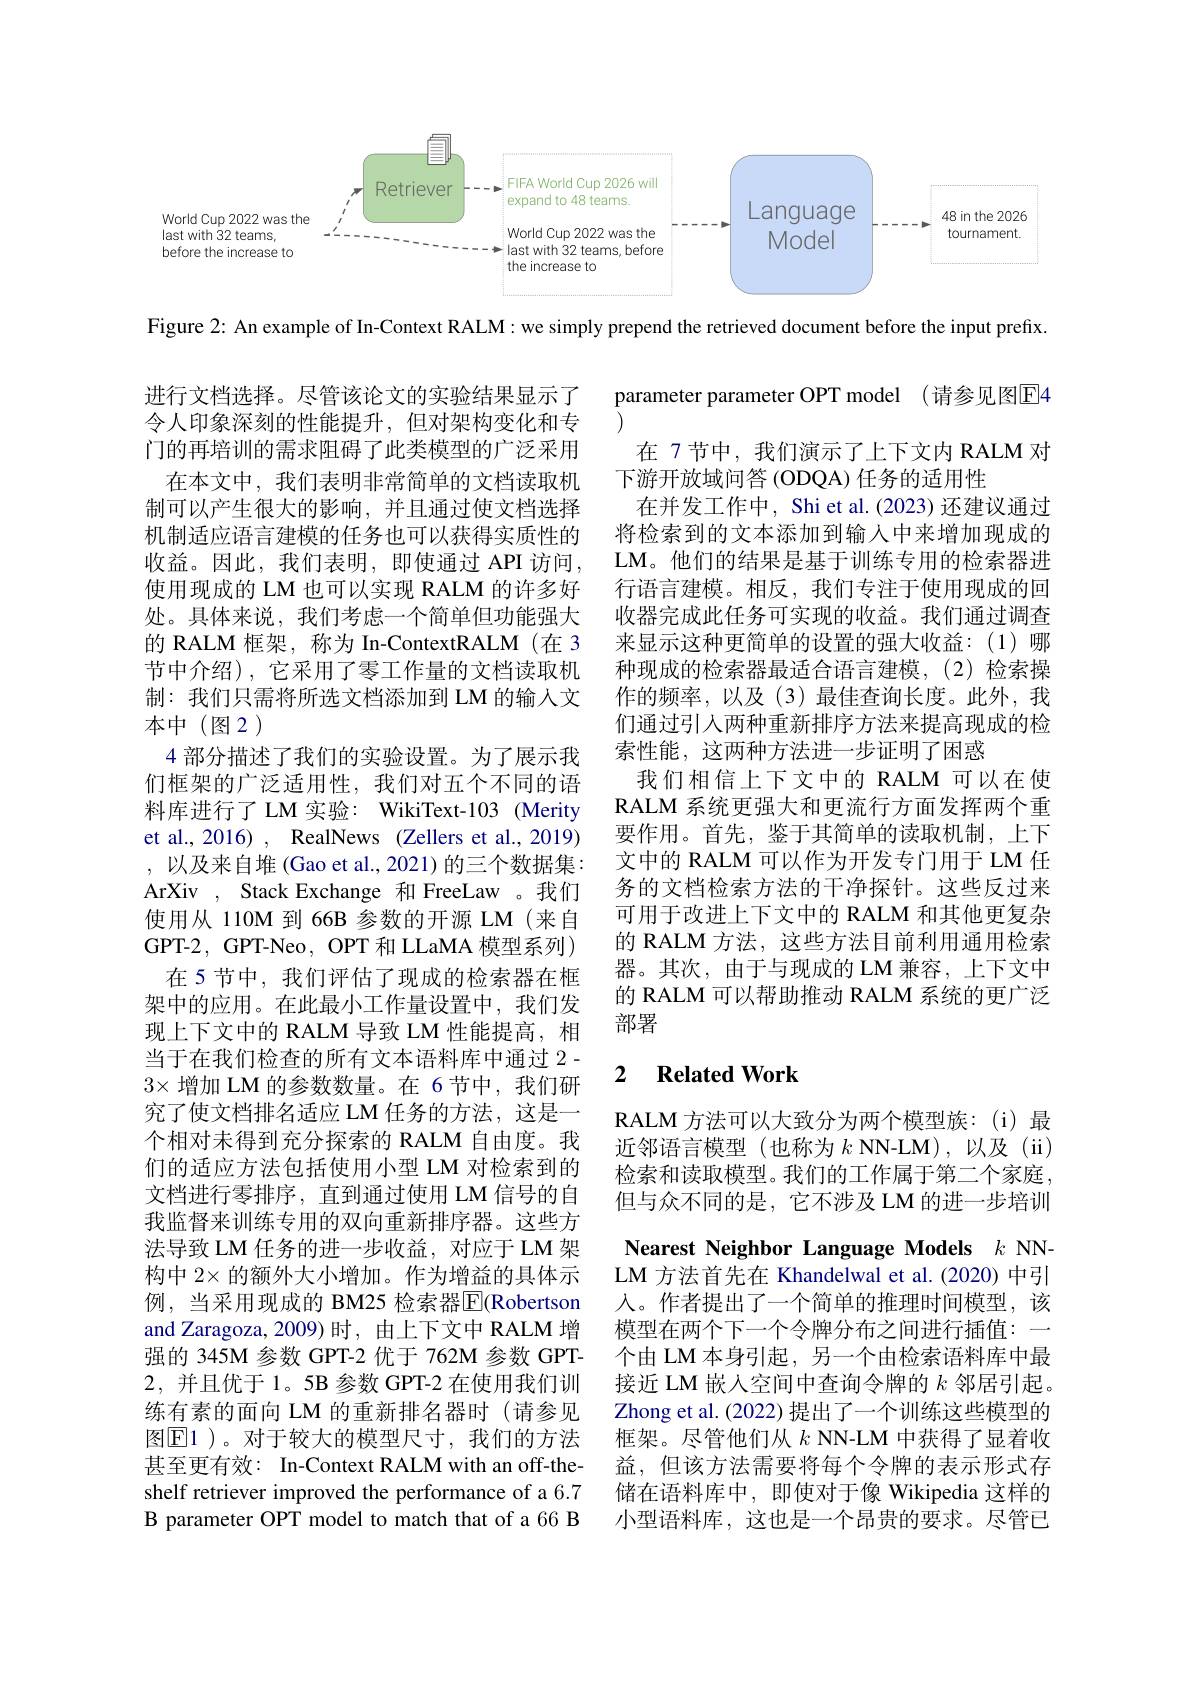
<FigureHere>

Figure 2: An example of In-Context RALM: we simply prepend the retrieved document before the input prefix.

parameter parameter OPT model (请参见图E4

在 7节中，我们演示了上下文内 RALM 对
下游开放域问答 (ODQA) 任务的适用性
在并发工作中，Shi et al.(2023) 还建议通过将检索到的文本添加到输人中来增加现成的LM。他们的结果是基于训练专用的检索器进行语言建模。相反，我们专注于使用现成的回收器完成此任务可实现的收益。我们通过调查来显示这种更简单的设置的强大收益：(1)哪种现成的检索器最适合语言建模，(2)检索操作的频率，以及(3)最佳查询长度。此外，我们通过引入两种重新排序方法来提高现成的检索性能，这两种方法进一步证明了困惑
我们相信上下文中的 RALM 可以在使RALM 系统更强大和更流行方面发挥两个重要作用。首先，鉴于其简单的读取机制，上下文中的 RALM 可以作为开发专门用于 LM 任务的文档检索方法的干净探针。这些反过来可用于改进上下文中的 RALM 和其他更复杂的 RALM 方法，这些方法目前利用通用检索器。其次，由于与现成的 LM 兼容，上下文中的 RALM 可以帮助推动 RALM 系统的更广泛部署

进行文档选择。尽管该论文的实验结果显示了令人印象深刻的性能提升，但对架构变化和专门的再培训的需求阻碍了此类模型的广泛采用
在本文中，我们表明非常简单的文档读取机制可以产生很大的影响，并且通过使文档选择机制适应语言建模的任务也可以获得实质性的收益。因此，我们表明，即使通过 API 访问， 使用现成的 LM 也可以实现 RALM 的许多好处。具体来说，我们考虑一个简单但功能强大的 RALM 框架，称为 In-ContextRALM (在 3节中介绍),它采用了零工作量的文档读取机制：我们只需将所选文档添加到 LM 的输入文本中(图2)
4 部分描述了我们的实验设置。为了展示我们框架的广泛适用性，我们对五个不同的语料库进行了LM 实验：WikiText-103 (Merity et al., 2016) , RealNews (Zellers et al., 2019) ,以及来自堆(Gao et al., 2021)的三个数据集： ArXiv , Stack Exchange 和 FreeLaw 。我们使用从 110M 到 66B 参数的开源 LM(来自GPT-2, GPT-Neo, OPT 和 LLaMA 模型系列)
在 5 节中，我们评估了现成的检索器在框架中的应用。在此最小工作量设置中，我们发现上下文中的 RALM 导致 LM 性能提高，相当于在我们检查的所有文本语料库中通过 2 - $3\times$增加 LM 的参数数量。在 6节中，我们研究了使文档排名适应 LM 任务的方法，这是一个相对未得到充分探索的 RALM 自由度。我们的适应方法包括使用小型 LM 对检索到的文档进行零排序，直到通过使用 LM 信号的自我监督来训练专用的双向重新排序器。这些方法导致 LM 任务的进一步收益，对应于 LM 架构中$2\times$的额外大小增加。作为增益的具体示例，当采用现成的 BM25 检索器$\overline{\mathbb{E}}($Robertson and Zaragoza, 2009) 时，由上下文中 RALM 增强的 345M 参数 GPT-2 优于 762M 参数 GPT- 2,并且优于 1。5B 参数 GPT-2 在使用我们训练有素的面向 LM 的重新排名器时(请参见图$\boxed{\mathrm{E}}1$)。对于较大的模型尺寸，我们的方法甚至更有效：In-Context RALM with an off-theshelf retriever improved the performance of a 6.7 B parameter OPT model to match that of a 66 B

## 2 $\textbf{Related Work}$

RALM 方法可以大致分为两个模型族：(i)最近邻语言模型(也称为$k$ NN-LM),以及(ii) 检索和读取模型。我们的工作属于第二个家庭， 但与众不同的是，它不涉及 LM 的进一步培训

Nearest Neighbor Language Models $k$ NN-

LM 方法首先在 Khandelwal et al.(2020)中引人。作者提出了一个简单的推理时间模型，该模型在两个下一个令牌分布之间进行插值：一个由 LM 本身引起，另一个由检索语料库中最接近 LM 嵌入空间中查询令牌的$k$邻居引起。Zhong et al. (2022) 提出了一个训练这些模型的框架。尽管他们从$k$ NN-LM 中获得了显着收益，但该方法需要将每个令牌的表示形式存储在语料库中，即使对于像 Wikipedia 这样的小型语料库，这也是一个昂贵的要求。尽管已